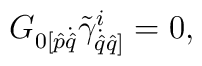
G_{{0} [\hat p {\dot{\hat q}}}\tilde{\gamma}^{i}_{\dot{\hat q}{\hat q]}} = 0 ,